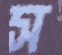
স